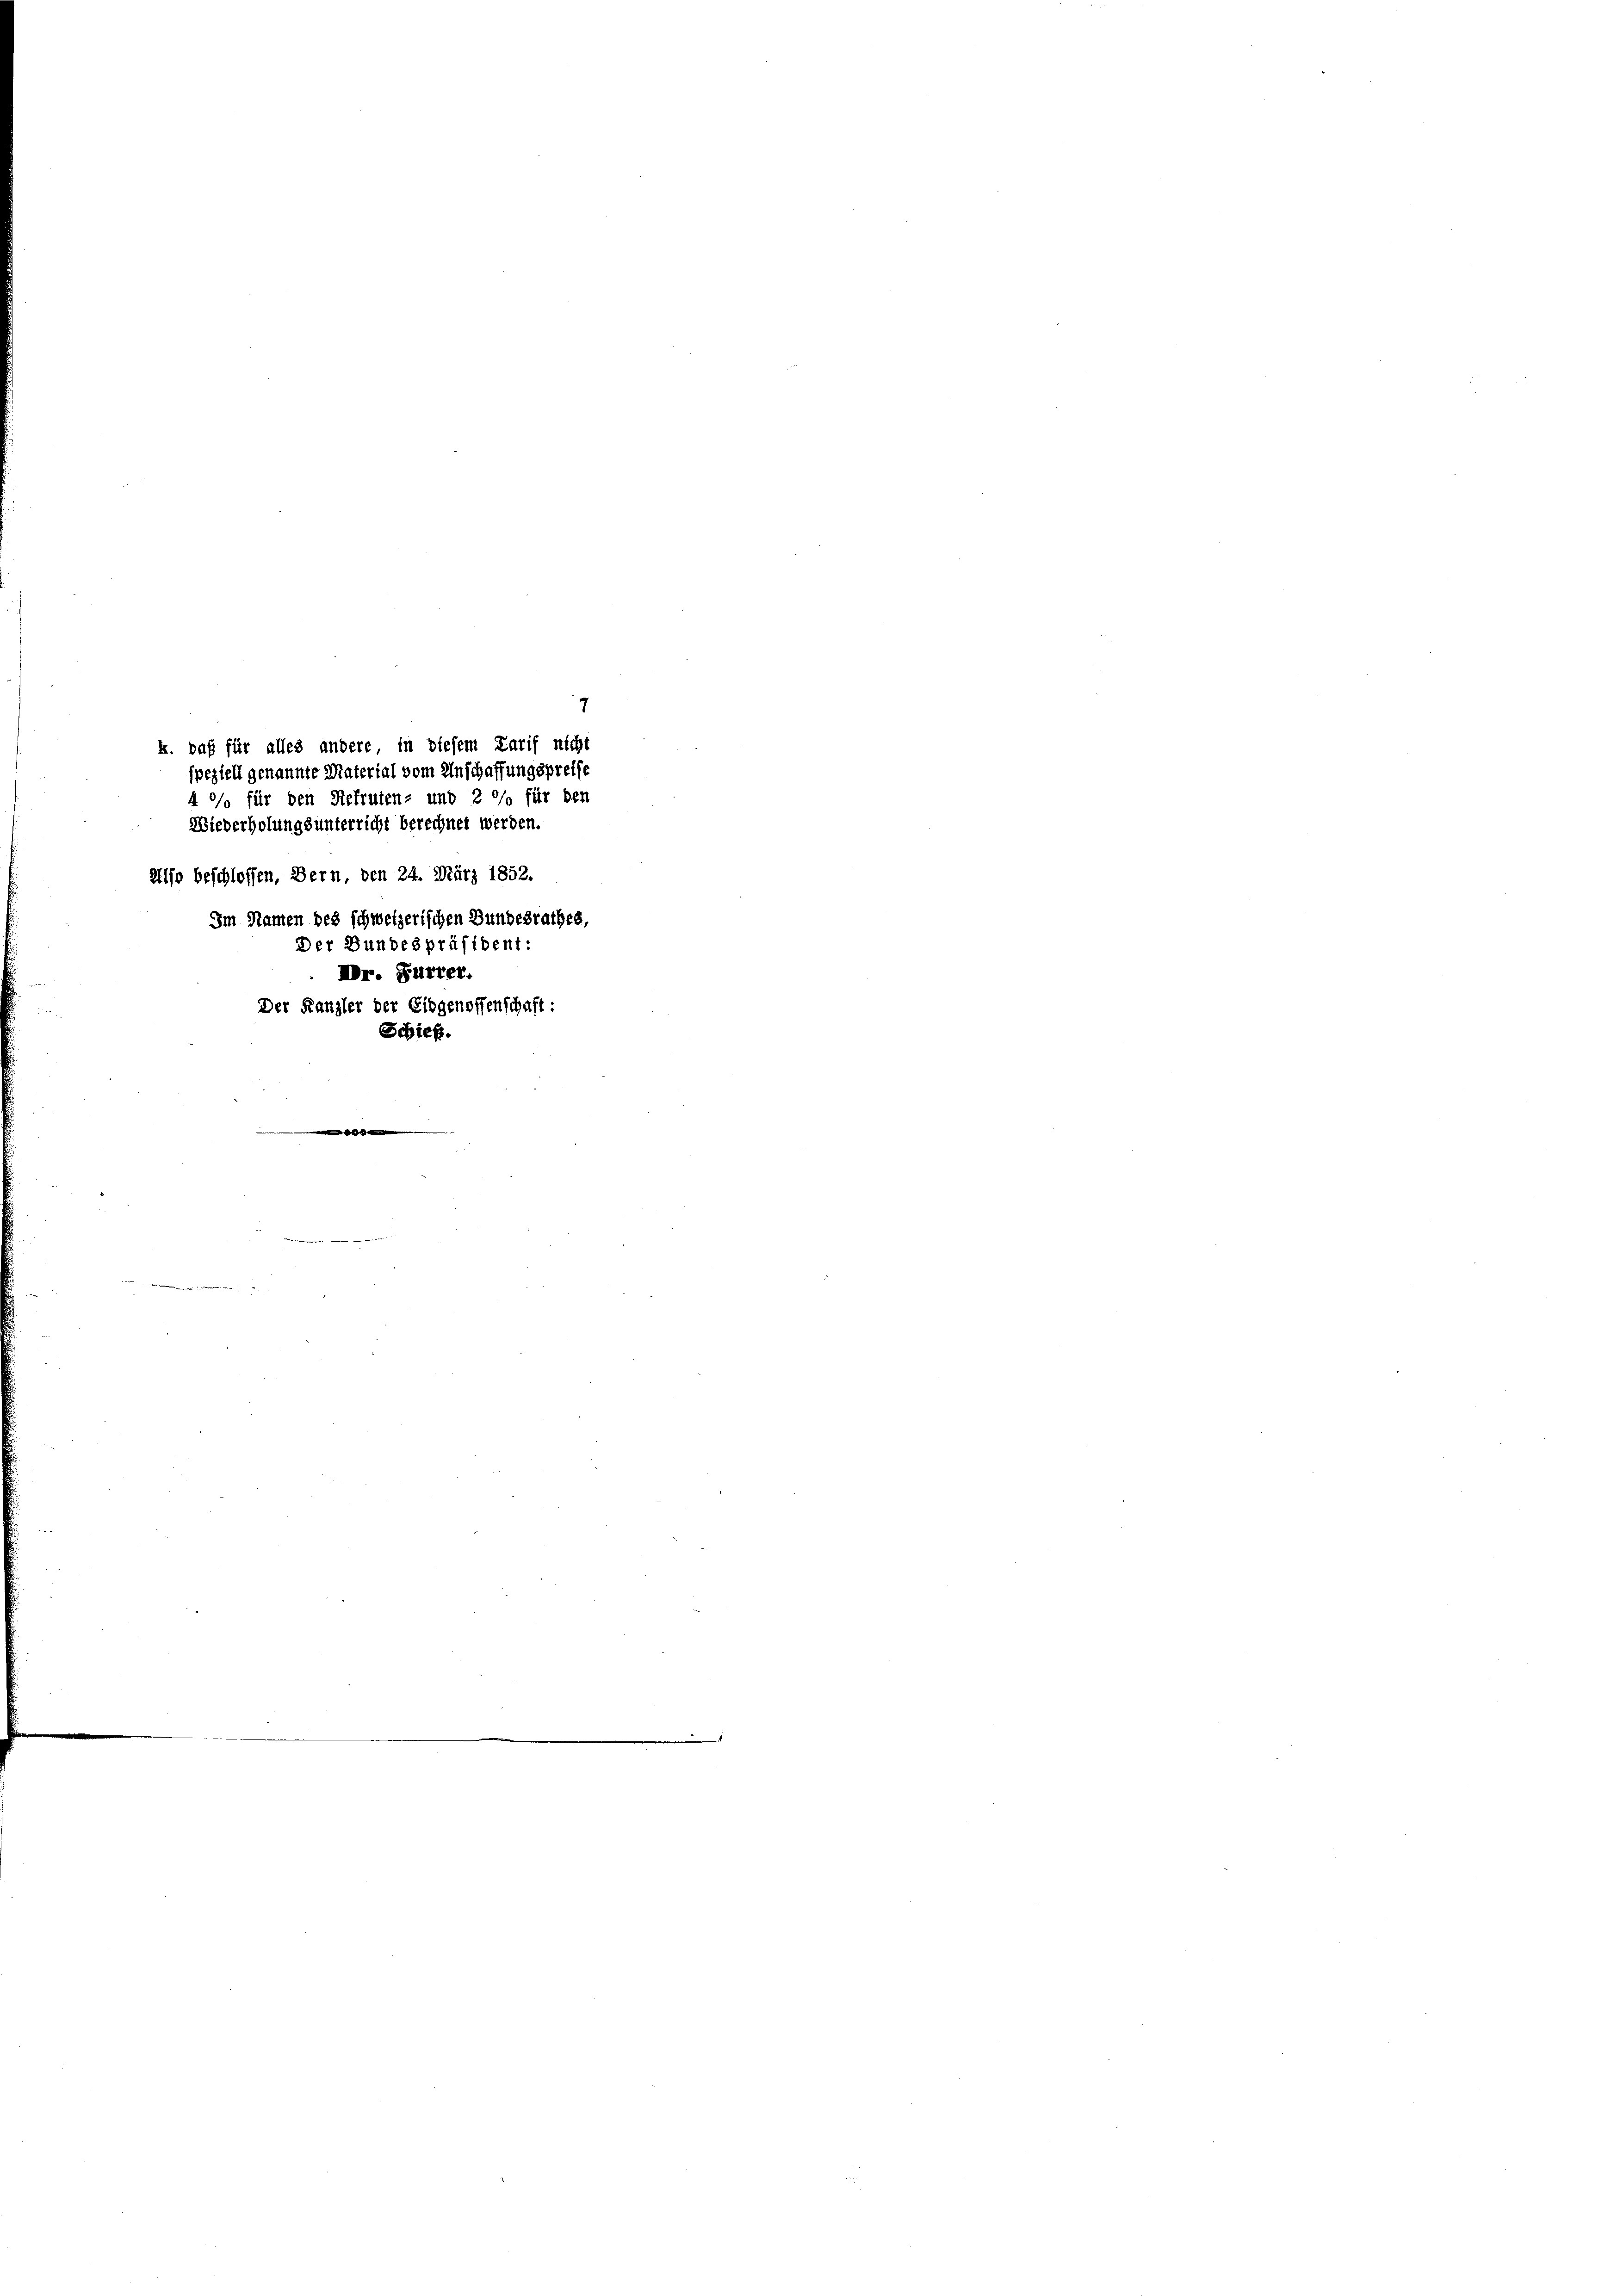
7
k. daß für alles andere in diesem Tarif nicht
speziell genannte Material vom Anschaffungspreise
4 °/o für den Rekruten- und 2 % für den
Wiederholungsunterricht berechnet werden.
Also beschlossen, Bern, den 24. März 1852.
Im Namen des schweizerischen Bundesrathes,
Der Bundespräsident:
DDr. Furrer.
Der Kanzler der Eidgenossenschaft:
Schieß.